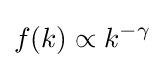
f(k)\propto k^{-\gamma }